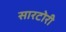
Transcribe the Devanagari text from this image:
सारटोरी